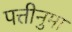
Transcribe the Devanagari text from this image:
पत्तीनुमा